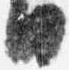
日